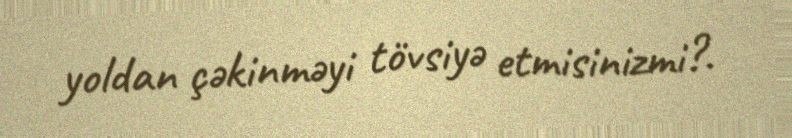
yoldan çəkinməyi tövsiyə etmisinizmi?.